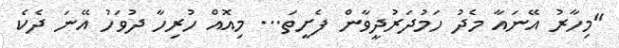
''މިހާރު އޭނައާ މެދު ހަމުދަރުދީވާން ފެށީތަ... މިއޮއް ހުރިހާ ދުވަހު އޭނަ ދެކެ